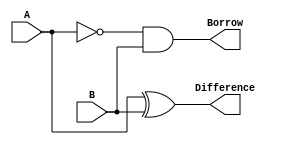
module half_subtractor (
    input A,
    input B,
    output reg Difference,
    output reg Borrow
);
    always @(*) begin
        Difference = A ^ B;  // XOR for difference
        Borrow = ~A & B;     // AND and NOT for borrow
    end
endmodule